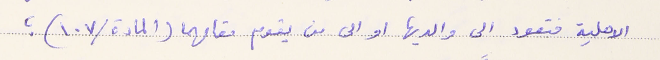
الاهلية فتعود الى والديها او الى من يقوم مقامهما (المادة /١٠٧)؛